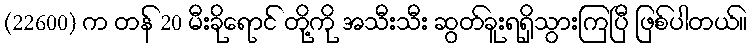
(22600) က တန် 20 မီးခိုရောင် တို့ကို အသီးသီး ဆွတ်ခူးရရှိသွားကြပြီ ဖြစ်ပါတယ်။